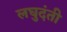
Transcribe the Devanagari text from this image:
लघुदंती